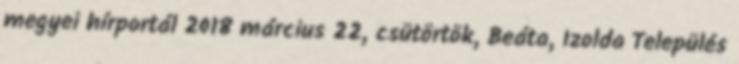
megyei hírportál 2018 március 22, csütörtök, Beáta, Izolda Település